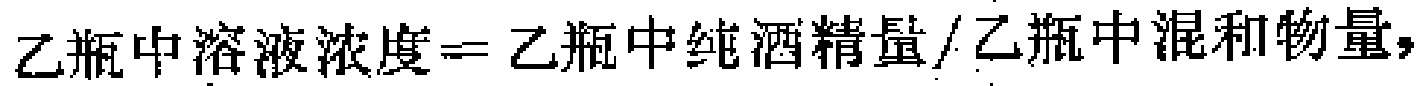
乙瓶中溶液浓度=乙瓶中纯酒精量/乙瓶中混和物量，